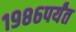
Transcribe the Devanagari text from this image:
१९८६पर्यंत